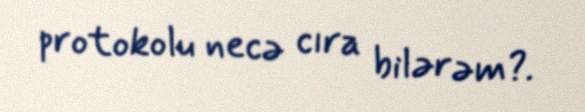
protokolu necə cıra bilərəm?.